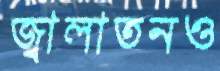
জ্বালাতনও